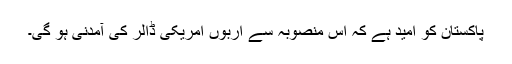
پاکستان کو اُمید ہے کہ اِس منصوبہ سے اربوں امریکی ڈالر کی آمدنی ہو گی۔